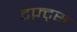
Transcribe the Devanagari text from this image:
टफ़्ट्स